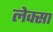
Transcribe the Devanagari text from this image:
लेक्सा